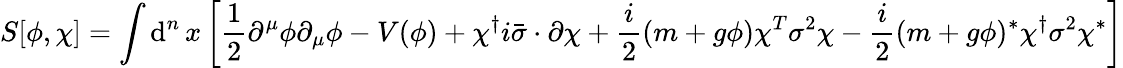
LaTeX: S[\phi,\chi]=\int\operatorname{d}^{n}x\left[{\frac{1}{2}}\partial^{\mu}\phi\partial_{\mu}\phi-V(\phi)+\chi^{\dagger}i{\bar{\sigma}}\cdot\partial\chi+{\frac{i}{2}}(m+g\phi)\chi^{T}\sigma^{2}\chi-{\frac{i}{2}}(m+g\phi)^{*}\chi^{\dagger}\sigma^{2}\chi^{*}\right]